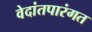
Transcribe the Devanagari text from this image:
वेदांतपारंगत